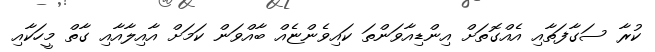
ކުރާ ސަގާފަތާއި އެއްގޮތަށް އިންޑިއާވަންތަ ކައިވެންޏެއް ބާއްވަން ކަމަށް އާއިލާއާއި ގާތް މީހަކާއި